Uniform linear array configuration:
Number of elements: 48
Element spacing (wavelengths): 1
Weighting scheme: cosine
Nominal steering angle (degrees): -60
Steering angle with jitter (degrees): -60.202
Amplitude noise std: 0.05
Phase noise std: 0.05

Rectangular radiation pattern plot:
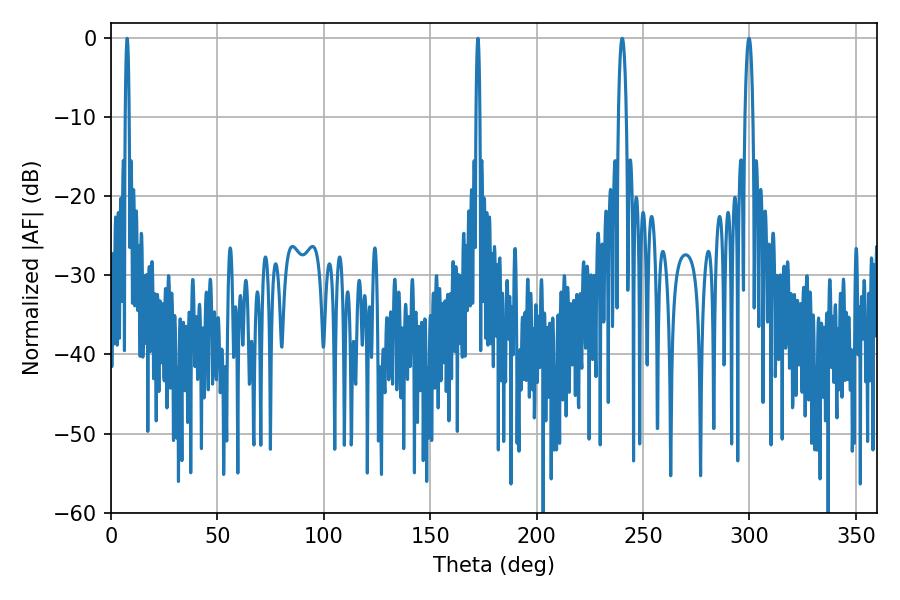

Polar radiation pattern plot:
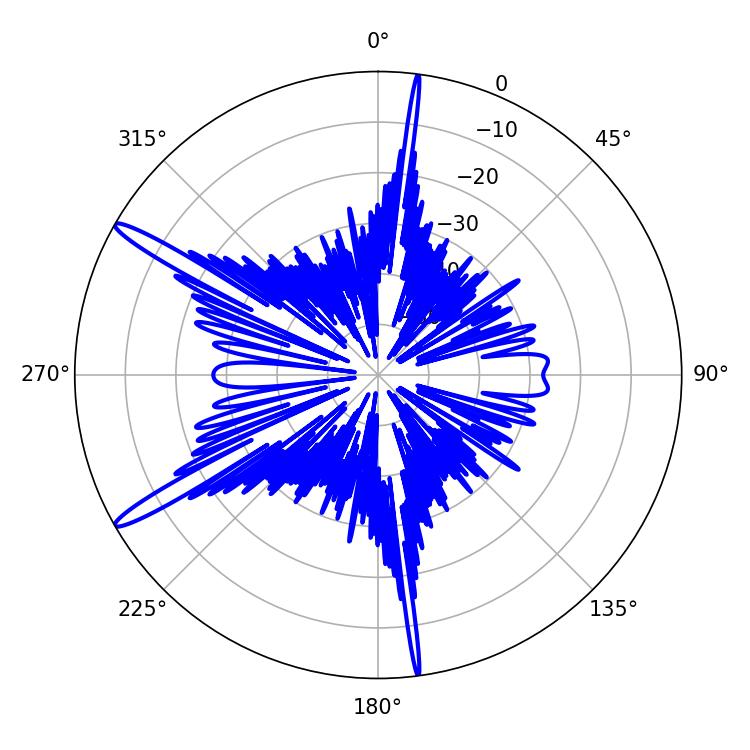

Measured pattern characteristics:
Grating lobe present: TRUE
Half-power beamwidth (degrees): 0.9
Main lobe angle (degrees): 7.56